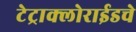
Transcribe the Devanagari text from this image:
टेट्राक्लोराईडचे